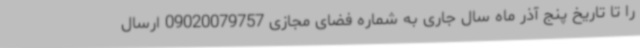
را تا تاریخ پنج آذر ماه سال جاری به شماره فضای مجازی 09020079757 ارسال